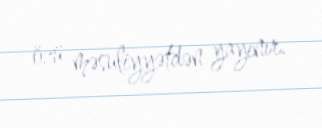
özü məsuliyyətdən yayınır.